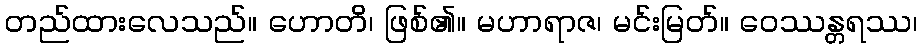
တည်ထားလေသည်။ ဟောတိ၊ ဖြစ်၏။ မဟာရာဇ၊ မင်းမြတ်။ ဝေဿန္တရဿ၊